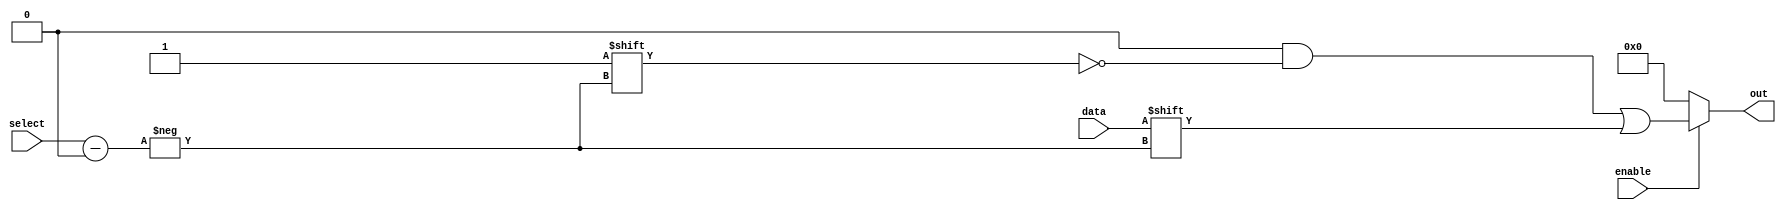
module parameterized_demux #(
    parameter N = 4 // Number of output lines (default is 4)
) (
    input wire data,               // Single data input
    input wire [$clog2(N)-1:0] select, // Select input (log2(N) bits)
    input wire enable,             // Enable signal
    output reg [N-1:0] out        // Output lines (N lines)
);

    always @(*) begin
        // Default all outputs to zero
        out = {N{1'b0}}; // Initialize all outputs to 0
        
        // If enabled, activate the selected output line
        if (enable) begin
            out[select] = data; // Assign data to the selected output
        end
    end

endmodule